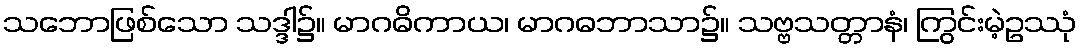
သဘောဖြစ်သော သဒ္ဒါ၌။ မာဂဓိကာယ၊ မာဂဓဘာသာ၌။ သဗ္ဗသတ္တာနံ၊ ကြွင်းမဲ့ဥဿုံ